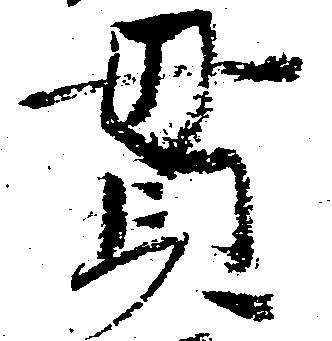
貫